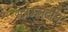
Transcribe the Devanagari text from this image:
स्टाऊनटोन